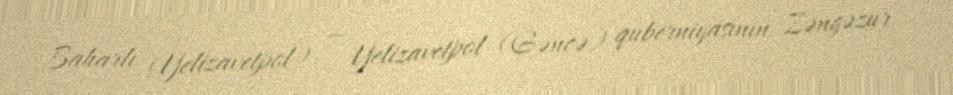
Baharlı (Yelizavetpol) — Yelizavetpol (Gəncə) quberniyasının Zəngəzur